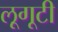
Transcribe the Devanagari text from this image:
लूगूटी